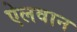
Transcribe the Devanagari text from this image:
ऐलवान